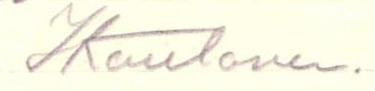
IKautonen.